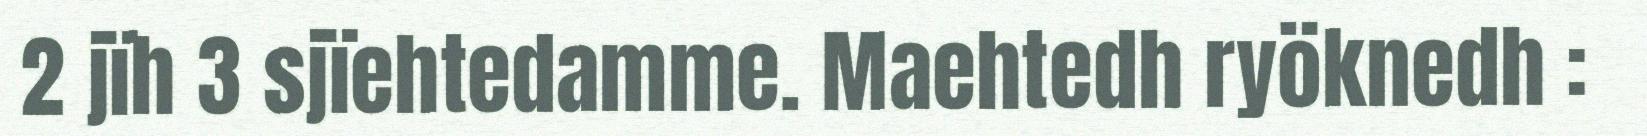
2 jïh 3 sjïehtedamme. Maehtedh ryöknedh :